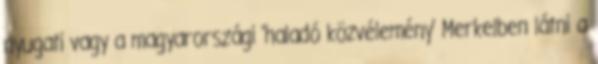
nyugati vagy a magyarországi 'haladó közvélemény' Merkelben látni a